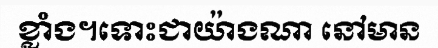
ខ្លាំង។ទោះជាយ៉ាងណា នៅមាន